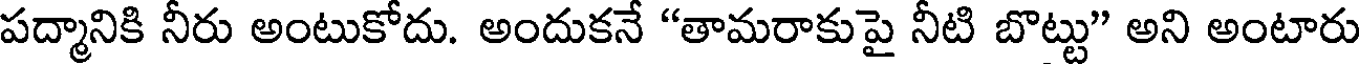
పద్మానికి నీరు అంటుకోదు. అందుకనే "తామరాకుపై నీటి బొట్టు" అని అంటారు